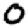
Digit: 0